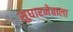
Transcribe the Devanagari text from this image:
सुधारनेवाला